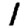
Digit: 1